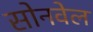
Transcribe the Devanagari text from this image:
सोनवेल